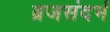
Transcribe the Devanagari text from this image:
ब्रजसंदर्भ